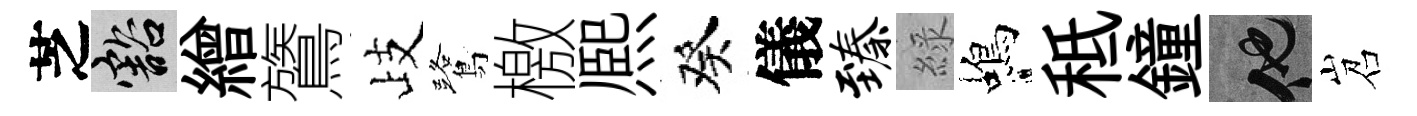
芝豁繒鷟歧鷺檄熈癸儀臻綠蝎秪鐘他岧